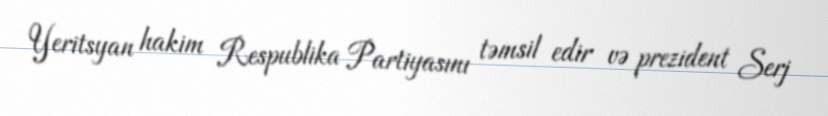
Yeritsyan hakim Respublika Partiyasını təmsil edir və prezident Serj